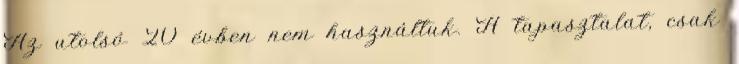
Az utolsó 20 évben nem használtuk. A tapasztalat, csak